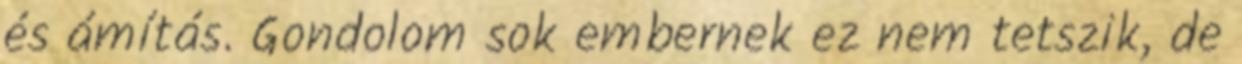
és ámítás. Gondolom sok embernek ez nem tetszik, de